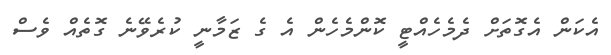
އެކަން އެގޮތަށް ދެމެހެއްޓީ ކޮންމެހެން އެ ގެ ޒަމާނީ ކުރެވޭނެ ގޮތެއް ވެސް